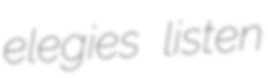
elegies listen